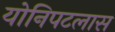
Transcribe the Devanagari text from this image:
योनिपटलास